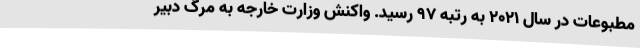
مطبوعات در سال 2021 به رتبه 97 رسید. واکنش وزارت خارجه به مرگ دبیر